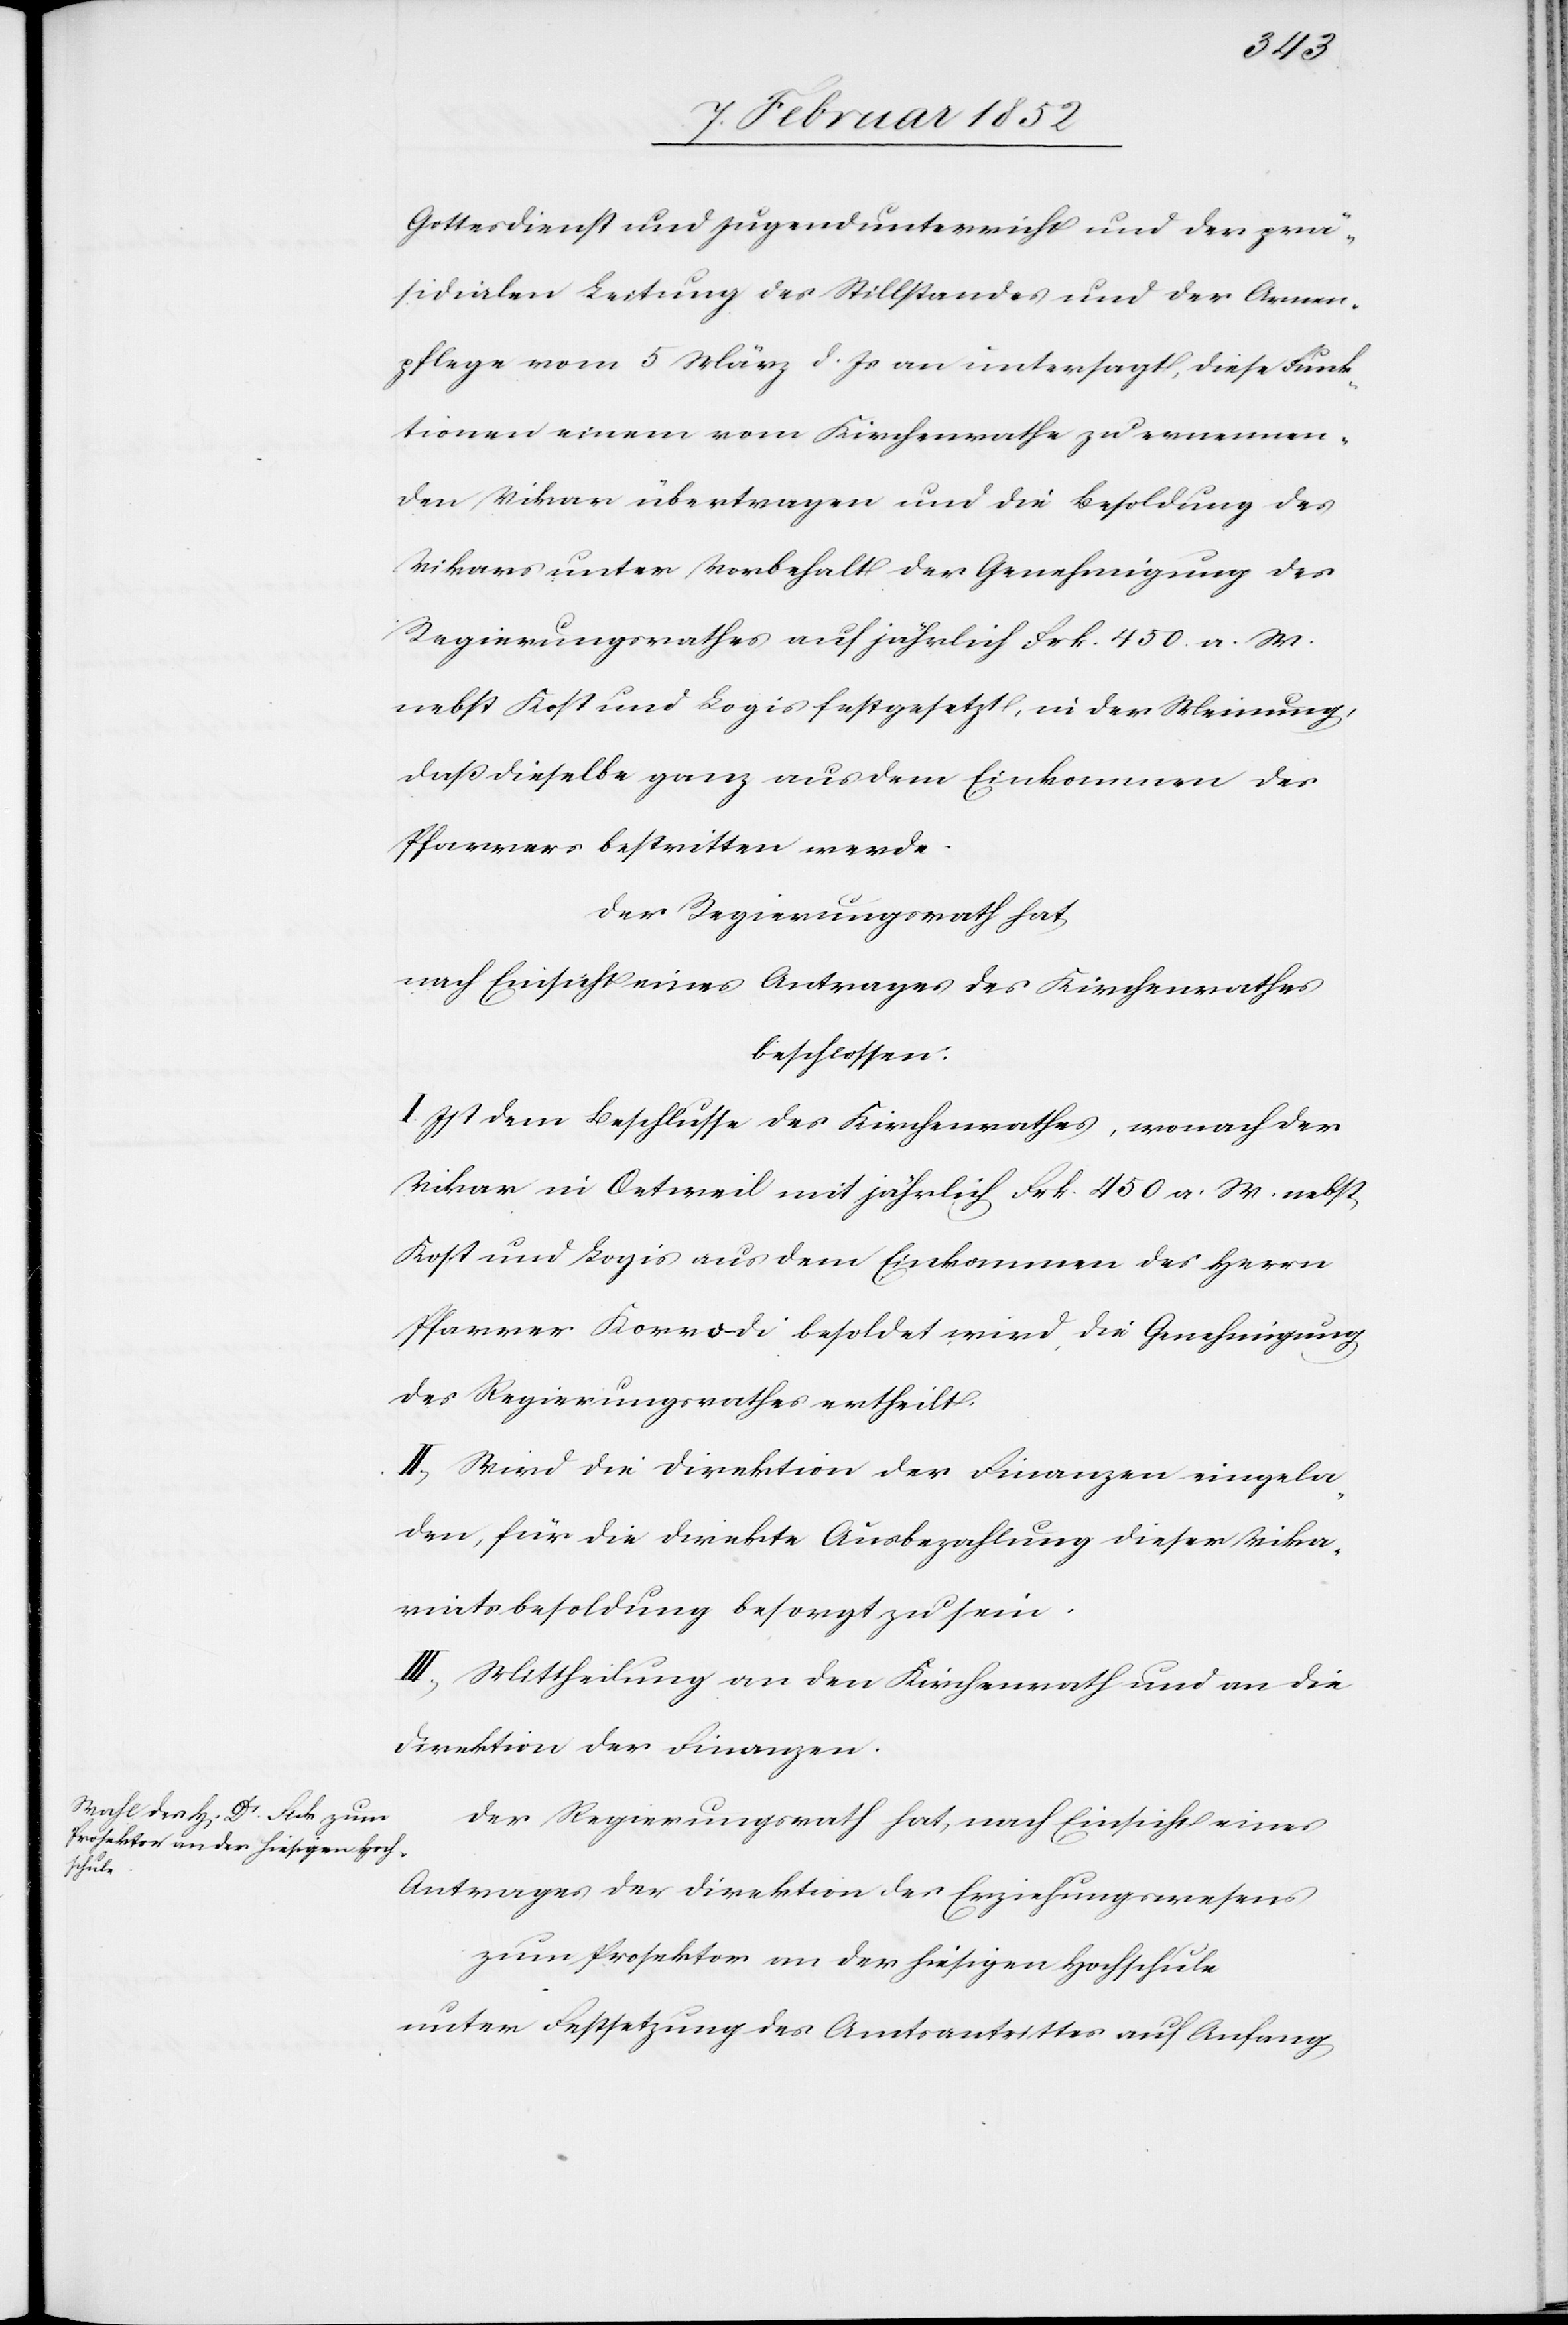
Gottesdienst und Jugendunterricht und der prä¬
sidialen Leitung des Stillstandes und der Armen¬
pflege vom 5 März d. Js an untersagt, diese Funk¬
tionen einem vom Kirchenrathe zu ernennen¬
den Vikar übertragen und die Besoldung des
Vikars unter Vorbehalt der Genehmigung des
Regierungsrathes auf jährlich Frk. 450. a. W.
nebst Kost und Logis festgesetzt, in der Meinung,
daß dieselbe ganz aus dem Einkommen des
Pfarrers bestritten werde.
Der Regierungsrath hat
nach Einsicht eines Antrages des Kirchenrathes
beschlossen:
I. Ist dem Beschlusse des Kirchenrathes, wonach der
Vikar in Oetweil mit jährlich Frk. 450 a. W. nebst
Kost und Logis aus dem Einkommen des Herrn
Pfarrer Korrodi besoldet wird, die Genehmigung
des Regierungsrathes ertheilt.
II.) Wird die Direktion der Finanzen eingela¬
den, für die direkte Ausbezahlung dieser Vika¬
riatsbesoldung besorgt zu sein.
III.) Mittheilung an den Kirchenrath und an die
Direktion der Finanzen.
Der Regierungsrath hat, nach Einsicht eines
Antrages der Direktion des Erziehungswesens
zum Prosektor an der hiesigen Hochschule
unter Festsetzung des Amtsantrittes auf Anfang